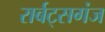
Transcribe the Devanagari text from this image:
रार्बट्सगंज